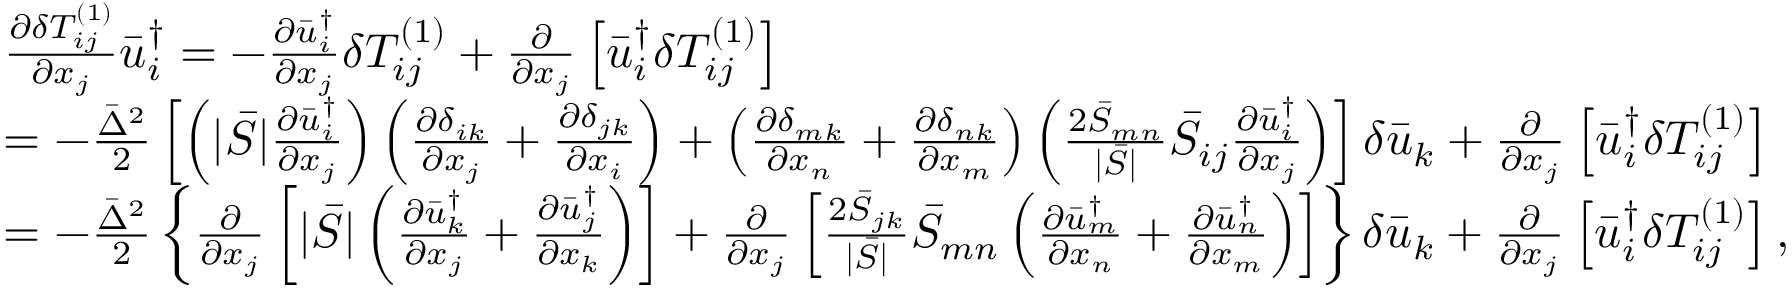
\begin{array} { l } { \frac { { \partial \delta T _ { i j } ^ { \left( 1 \right) } } } { { \partial { x _ { j } } } } \bar { u } _ { i } ^ { \dag } = - \frac { { \partial \bar { u } _ { i } ^ { \dag } } } { { \partial { x _ { j } } } } \delta T _ { i j } ^ { \left( 1 \right) } + \frac { \partial } { { \partial { x _ { j } } } } \left[ { \bar { u } _ { i } ^ { \dag } \delta T _ { i j } ^ { \left( 1 \right) } } \right] } \\ { = - \frac { { { { \bar { \Delta } } ^ { 2 } } } } { 2 } \left[ { \left( { | \bar { S } | \frac { { \partial \bar { u } _ { i } ^ { \dag } } } { { \partial { x _ { j } } } } } \right) \left( { \frac { { \partial { \delta _ { i k } } } } { { \partial { x _ { j } } } } + \frac { { \partial { \delta _ { j k } } } } { { \partial { x _ { i } } } } } \right) + \left( { \frac { { \partial { \delta _ { m k } } } } { { \partial { x _ { n } } } } + \frac { { \partial { \delta _ { n k } } } } { { \partial { x _ { m } } } } } \right) \left( { \frac { { 2 { { \bar { S } } _ { m n } } } } { { | \bar { S } | } } { { \bar { S } } _ { i j } } \frac { { \partial \bar { u } _ { i } ^ { \dag } } } { { \partial { x _ { j } } } } } \right) } \right] \delta { { \bar { u } } _ { k } } + \frac { \partial } { { \partial { x _ { j } } } } \left[ { \bar { u } _ { i } ^ { \dag } \delta T _ { i j } ^ { \left( 1 \right) } } \right] } \\ { = - \frac { { { { \bar { \Delta } } ^ { 2 } } } } { 2 } \left\{ { \frac { \partial } { { \partial { x _ { j } } } } \left[ { | \bar { S } | \left( { \frac { { \partial \bar { u } _ { k } ^ { \dag } } } { { \partial { x _ { j } } } } + \frac { { \partial \bar { u } _ { j } ^ { \dag } } } { { \partial { x _ { k } } } } } \right) } \right] + \frac { \partial } { { \partial { x _ { j } } } } \left[ { \frac { { 2 { { \bar { S } } _ { j k } } } } { { | \bar { S } | } } { { \bar { S } } _ { m n } } \left( { \frac { { \partial \bar { u } _ { m } ^ { \dag } } } { { \partial { x _ { n } } } } + \frac { { \partial \bar { u } _ { n } ^ { \dag } } } { { \partial { x _ { m } } } } } \right) } \right] } \right\} \delta { { \bar { u } } _ { k } } + \frac { \partial } { { \partial { x _ { j } } } } \left[ { \bar { u } _ { i } ^ { \dag } \delta T _ { i j } ^ { \left( 1 \right) } } \right] , } \end{array}